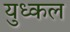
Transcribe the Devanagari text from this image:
युध्कल